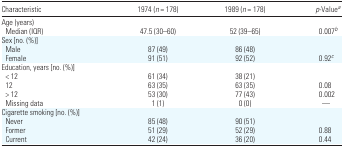
<table><thead><tr><td><b>Characteristic</b></td><td><b>1974 (<i>n</i> = 178)</b></td><td><b>1989 (<i>n</i> = 178)</b></td><td><b><i>p</i>-Value<i><sup>a</sup></i></b></td></tr></thead><tbody><tr><td colspan="4">Age (years)</td></tr><tr><td> Median (IQR)</td><td>47.5 (30–60)</td><td>52 (39–65)</td><td>0.007<i><sup>b</sup></i></td></tr><tr><td colspan="4">Sex [no. (%)]</td></tr><tr><td> Male</td><td>87 (49)</td><td>86 (48)</td><td></td></tr><tr><td> Female</td><td>91 (51)</td><td>92 (52)</td><td>0.92<i><sup>c</sup></i></td></tr><tr><td colspan="4">Education, years [no. (%)]</td></tr><tr><td> &lt; 12</td><td>61 (34)</td><td>38 (21)</td><td></td></tr><tr><td> 12</td><td>63 (35)</td><td>63 (35)</td><td>0.08</td></tr><tr><td> &gt; 12</td><td>53 (30)</td><td>77 (43)</td><td>0.002</td></tr><tr><td> Missing data</td><td>1 (1)</td><td>0 (0)</td><td>—</td></tr><tr><td colspan="4">Cigarette smoking [no. (%)]</td></tr><tr><td> Never</td><td>85 (48)</td><td>90 (51)</td><td></td></tr><tr><td> Former</td><td>51 (29)</td><td>52 (29)</td><td>0.88</td></tr><tr><td> Current</td><td>42 (24)</td><td>36 (20)</td><td>0.44</td></tr></tbody></table>